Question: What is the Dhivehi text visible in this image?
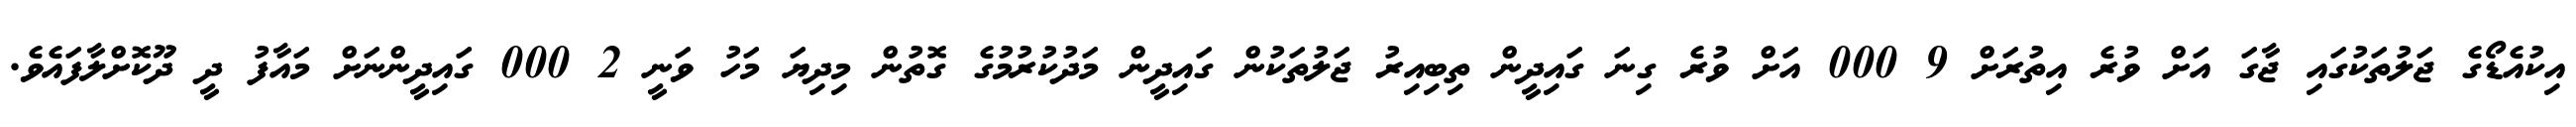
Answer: އިކުއެޑޯގެ ޖަލުތަކުގައި ޖާގަ އަށް ވުރެ އިތުރަށް 9 000 އަށް ވުރެ ގިނަ ގައިދީން ތިބިއިރު ޖަލުތަކުން ގައިދީން މަދުކުރުމުގެ ގޮތުން މިދިޔަ މަހު ވަނީ 2 000 ގައިދީންނަށް މައާފު ދީ ދޫކޮށްލާފައެވެ.